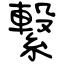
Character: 繋